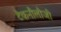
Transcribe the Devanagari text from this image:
टैकनौेलौजी